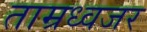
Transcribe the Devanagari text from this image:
ताम्रध्वजर